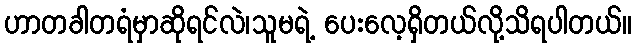
ဟာတခါတရံမှာဆိုရင်လဲ၊သူမရဲ့ ပေးလေ့ရှိတယ်လို့သိရပါတယ်။